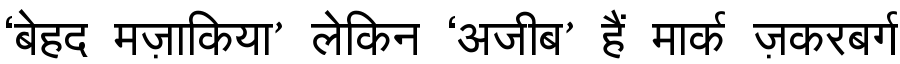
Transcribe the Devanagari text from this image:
‘बेहद मज़ाकिया’ लेकिन ‘अजीब’ हैं मार्क ज़करबर्ग